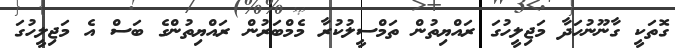
ގޮތަކީ ގާނޫނުހަދާ މަޖިލީހުގަ ރައްޔިތުން ތަމްސީލުކުރާ މެމްބަރުން ރައްޔިތުންގެ ބަސް އެ މަޖިލީހުގަ